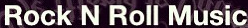
Rock N Roll Music